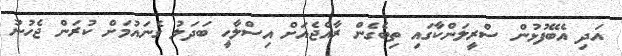
އަދި އެބޭފުޅުން ސްރީލަންކާގައި ތިބެގެން ރާއްޖެއަށް އިސްލާހީ ބަދަލު ގެނައުމަށް ކުރަން ޖެހުނު